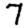
Digit: 7